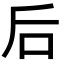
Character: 后